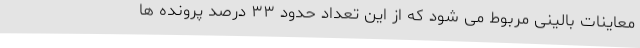
معاینات بالینی مربوط می شود که از این تعداد حدود ۳۳ درصد پرونده ها